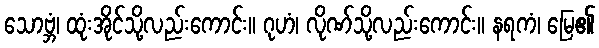
သောဗ္ဘံ၊ ထုံးအိုင်သို့လည်းကောင်း။ ဂုဟံ၊ လိုဏ်သို့လည်းကောင်း။ နရကံ၊ မြေ၏